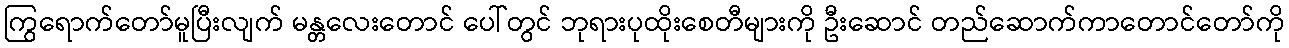
ကြွရောက်တော်မူပြီးလျက် မန္တလေးတောင် ပေါ်တွင် ဘုရားပုထိုးစေတီများကို ဦးဆောင် တည်ဆောက်ကာတောင်တော်ကို